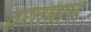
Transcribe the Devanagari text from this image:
व्ररतमान